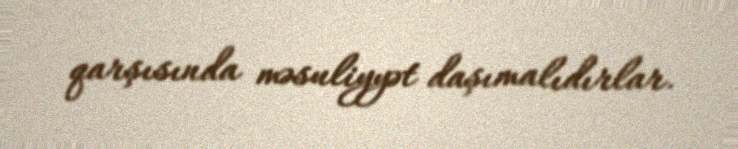
qarşısında məsuliyyət daşımalıdırlar.